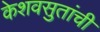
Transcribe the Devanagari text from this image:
केशवसुतांची